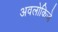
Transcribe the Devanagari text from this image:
अवलोकिजे